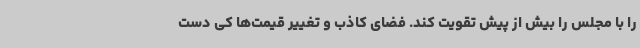
را با مجلس را بیش از پیش تقویت کند. فضای کاذب و تغییر قیمت‌ها کی دست